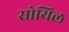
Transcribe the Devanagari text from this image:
सोयिल